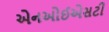
એનઓઈએસટી